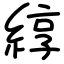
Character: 綧